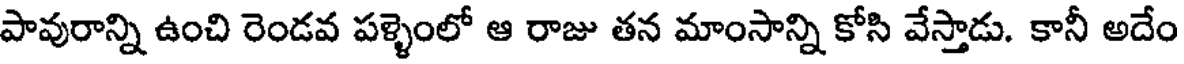
పావురాన్ని ఉంచి రెండవ పళ్ళెంలో ఆ రాజు తన మాంసాన్ని కోసి వేస్తాడు. కానీ అదేం